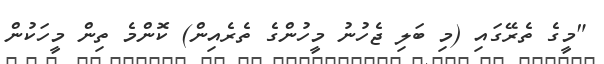
"މީގެ ތެރޭގައި (މި ބަލި ޖެހުނު މީހުންގެ ތެރެއިން) ކޮންމެ ތިން މީހަކުން